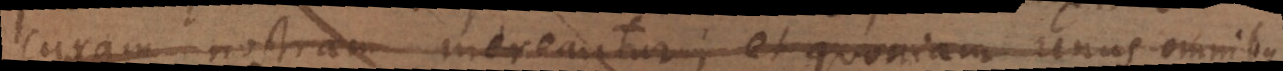
curam nostram mereantur; et quoniam unus omnibus